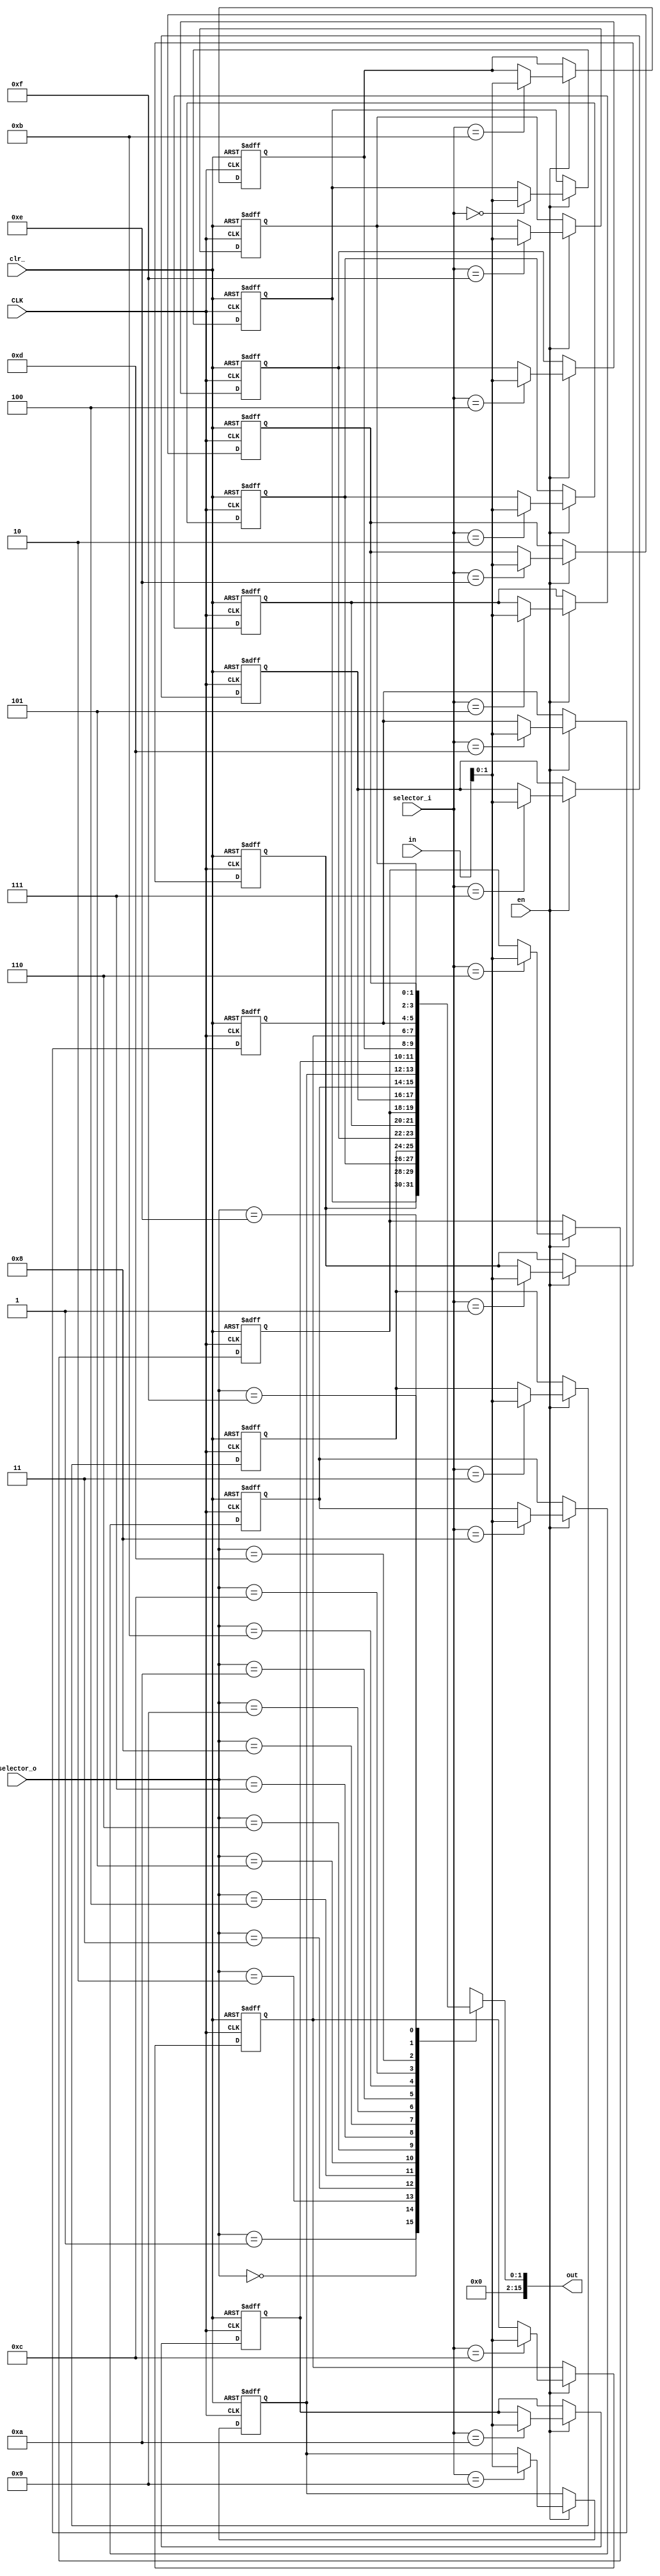

module Sram (in,selector_i,out,selector_o,CLK,clr_,en);

input [15:0]in;
input [3:0] selector_i,selector_o;
output[15:0]out;
input CLK,clr_,en;

reg [1:0] register [15:0]; //[3:0]<- change this 3 to 1,31,63,127
assign out=register[selector_o];

initial begin

register[0]	<=0;
register[1]<=0;
register[2]<=0;
register[3]<=0;
 register[4]<=0;
 register[5]<=0;
 register[6]<=0;
 register[7]<=0;
 register[8]<=0;
 register[9]<=0;
 register[10]<=0;
 register[11]<=0;
 register[12]<=0;
 register[13]<=0;
 register[14]<=0;
 register[15]<=0;

end


always@(posedge CLK or posedge clr_) begin
	if(clr_)begin
	register[0]	<=0;
register[1]<=0;
register[2]<=0;
register[3]<=0;
register[4]<=0;
register[5]<=0;
register[6]<=0;
register[7]<=0;
register[8]<=0;
register[9]<=0;
register[10]<=0;
register[11]<=0;
register[12]<=0;
register[13]<=0;
register[14]<=0;
register[15]<=0;

	end
	else begin
		if(en)
			register[selector_i]<=in;
	end
end


endmodule